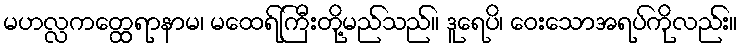
မဟလ္လကတ္ထေရာနာမ၊ မထေရ်ကြီးတို့မည်သည်။ ဒူရေပိ၊ ဝေးသောအရပ်ကိုလည်း။